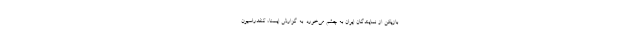
بازیکن از نمایندگان ایران به چشم می‌خورد. به گزارش ایسنا، کنفدراسیون